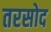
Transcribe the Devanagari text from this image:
तरसोद